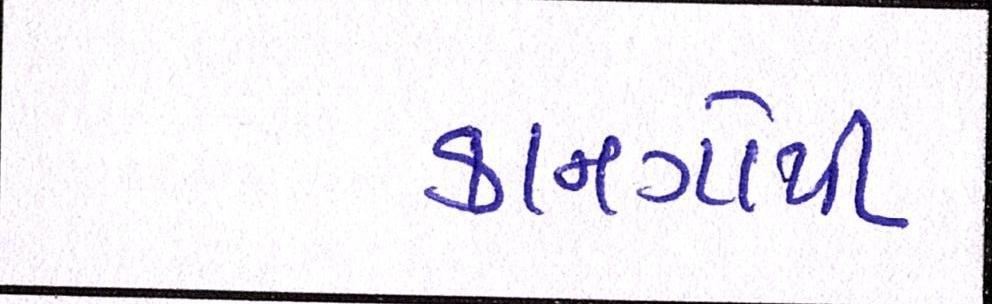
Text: કાનગોપી